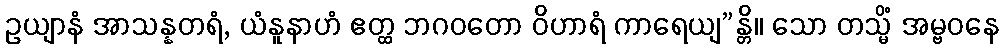
ဥယျာနံ အာသန္နတရံ, ယံနူနာဟံ ဧတ္ထ ဘဂဝတော ဝိဟာရံ ကာရေယျ”န္တိ။ သော တသ္မိံ အမ္ဗဝနေ